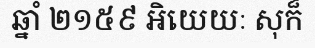
ឆ្នាំ ២១៥៩ អិយេយៈ សុក៏